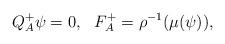
LaTeX: \begin{align*}Q^+_A \psi = 0,\, \, \, \, F^+_A = \rho^{-1}(\mu(\psi)),\end{align*}